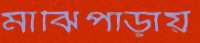
মাঝিপাড়ায়